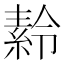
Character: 𬗪